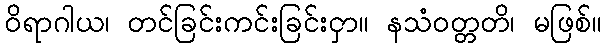
ဝိရာဂါယ၊ တင်ခြင်းကင်းခြင်းငှာ။ နသံဝတ္တတိ၊ မဖြစ်။